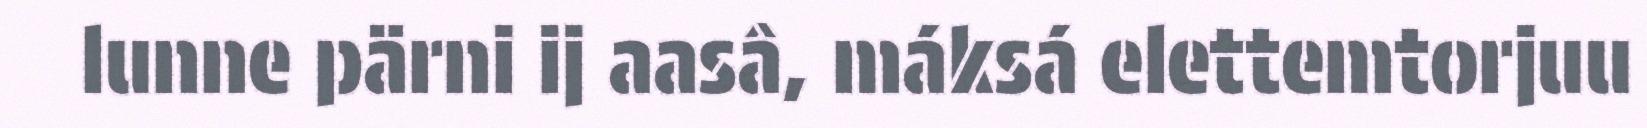
lunne pärni ij aasâ, máksá elettemtorjuu